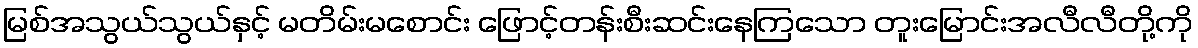
မြစ်အသွယ်သွယ်နှင့် မတိမ်းမစောင်း ဖြောင့်တန်းစီးဆင်းနေကြသော တူးမြောင်းအလီလီတို့ကို